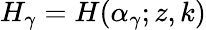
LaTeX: H_{\gamma}=H(\alpha_{\gamma};z,k)